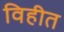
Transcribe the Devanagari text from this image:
विहीत